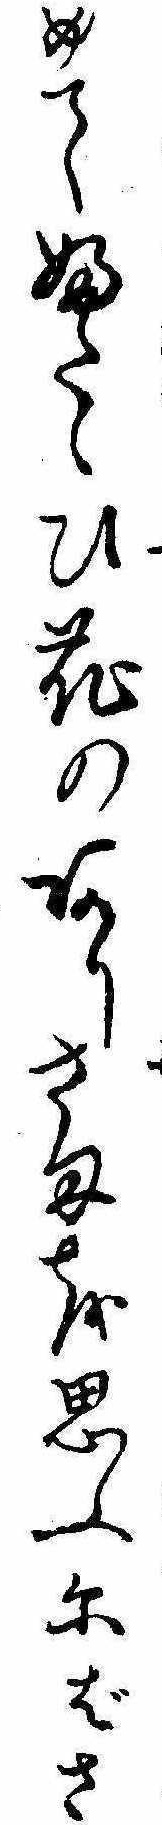
めてふたゝひ花のありさまを思ふにばさ